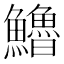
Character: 𩽈